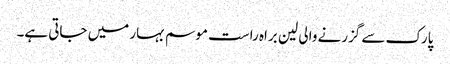
پارک سے گزرنے والی لین براہ راست موسم بہار میں جاتی ہے۔